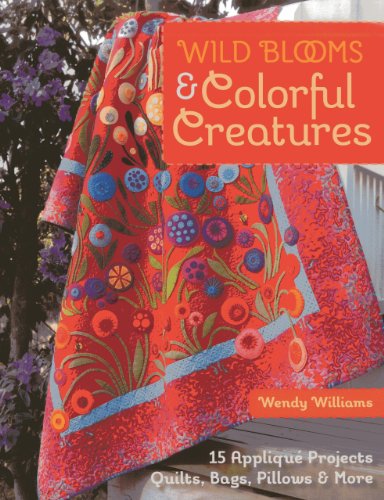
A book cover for Wild Blooms & Colorful Creatures: 15 AppliquÃ© Projects - Quilts, Bags, Pillows & More; Wendy Williams; Crafts, Hobbies & Home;